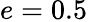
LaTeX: e=0.5